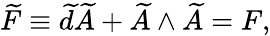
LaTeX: \widetilde{F}\equiv\widetilde{d}\widetilde{A}+\widetilde{A}\wedge\widetilde{A}=F,